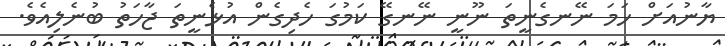
ޔާނުއަށް ހަމަ ނޭނގެނީތަ ނޫނީ ނޭނގޭ ކަމުގަ ހެދިގެން އުޅެނީތަ ޖާހަތު ބުނެލިއެވެ.